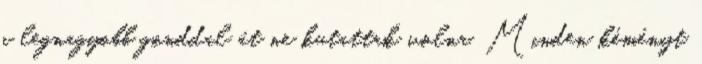
a legnagyobb gonddal át ne kutattak volna. Minden kéményt